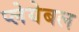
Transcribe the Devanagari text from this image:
प्लेयेबल